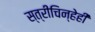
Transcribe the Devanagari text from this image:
स्त्रीचिन्हेही